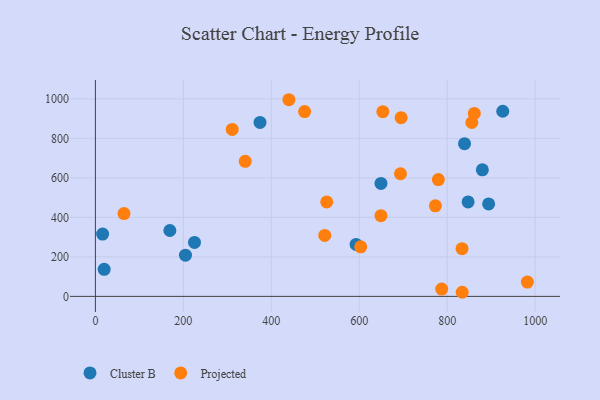
{"axis": {"x": "Investment", "y": "Exam Score"}, "legend": ["Cluster B", "Projected"], "data": [{"x": "847.5", "y": 478.2, "type": "Cluster B"}, {"x": "592.8", "y": 263.0, "type": "Cluster B"}, {"x": "204.8", "y": 208.4, "type": "Cluster B"}, {"x": "16.4", "y": 315.5, "type": "Cluster B"}, {"x": "225.3", "y": 273.0, "type": "Cluster B"}, {"x": "839.4", "y": 772.7, "type": "Cluster B"}, {"x": "879.9", "y": 640.7, "type": "Cluster B"}, {"x": "374.3", "y": 880.6, "type": "Cluster B"}, {"x": "894.2", "y": 468.1, "type": "Cluster B"}, {"x": "926.3", "y": 937.1, "type": "Cluster B"}, {"x": "649.4", "y": 572.0, "type": "Cluster B"}, {"x": "19.9", "y": 137.2, "type": "Cluster B"}, {"x": "169.3", "y": 333.6, "type": "Cluster B"}, {"x": "65.0", "y": 419.0, "type": "Projected"}, {"x": "603.3", "y": 250.7, "type": "Projected"}, {"x": "861.6", "y": 926.2, "type": "Projected"}, {"x": "649.3", "y": 408.7, "type": "Projected"}, {"x": "693.8", "y": 620.7, "type": "Projected"}, {"x": "695.1", "y": 904.3, "type": "Projected"}, {"x": "787.5", "y": 37.0, "type": "Projected"}, {"x": "475.7", "y": 935.5, "type": "Projected"}, {"x": "440.0", "y": 995.4, "type": "Projected"}, {"x": "521.5", "y": 308.4, "type": "Projected"}, {"x": "773.1", "y": 458.4, "type": "Projected"}, {"x": "856.0", "y": 880.2, "type": "Projected"}, {"x": "526.0", "y": 477.9, "type": "Projected"}, {"x": "834.1", "y": 20.8, "type": "Projected"}, {"x": "779.9", "y": 591.3, "type": "Projected"}, {"x": "982.3", "y": 72.5, "type": "Projected"}, {"x": "311.1", "y": 845.0, "type": "Projected"}, {"x": "653.6", "y": 935.1, "type": "Projected"}, {"x": "340.7", "y": 683.6, "type": "Projected"}, {"x": "833.7", "y": 241.3, "type": "Projected"}]}